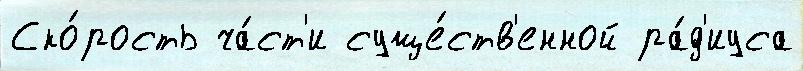
Ско́рость ча́ст'и суще́ств'енной ра́д'иуса